Lunatic asylums Central Provinces reports 1874-1885 - 1874-1885
Year: 1874
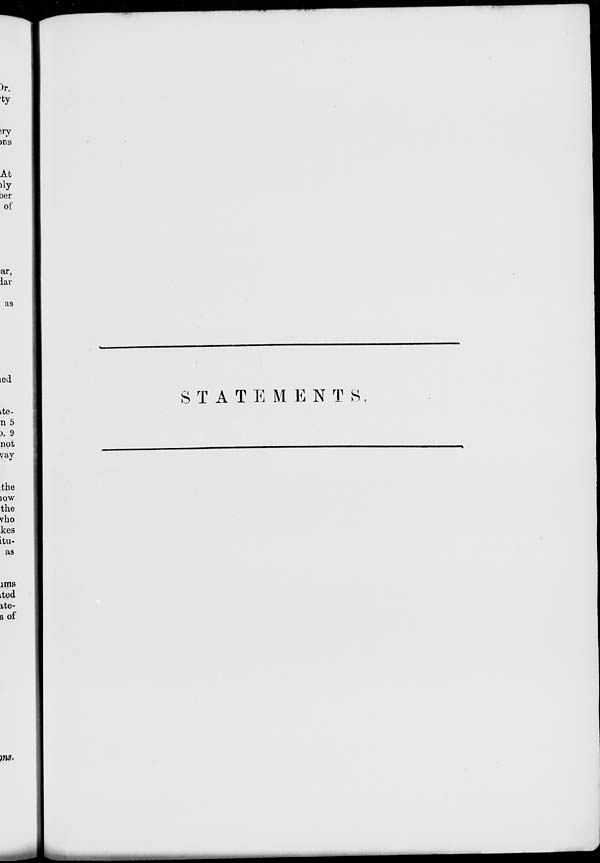
STATEMENTS.